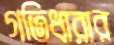
গতিধারার